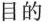
目的